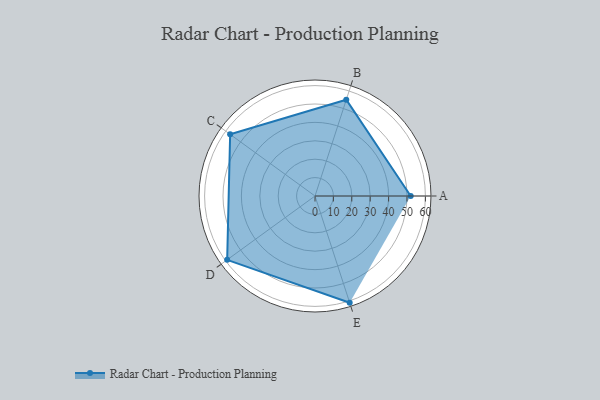
{"axis": {"x": "Skill", "y": "Score"}, "legend": ["Profile"], "data": [{"x": "A", "y": 52.0, "type": "Profile"}, {"x": "B", "y": 55.0, "type": "Profile"}, {"x": "C", "y": 57.0, "type": "Profile"}, {"x": "D", "y": 59.0, "type": "Profile"}, {"x": "E", "y": 61.0, "type": "Profile"}]}